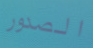
الصدور